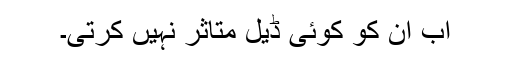
اب ان کو کوئی ڈیل متاثر نہیں کرتی۔